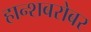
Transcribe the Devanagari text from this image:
हान्शबरोबर